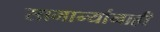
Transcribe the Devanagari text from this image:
सामान्यांनाही